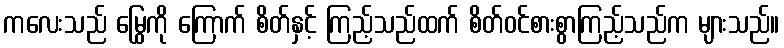
ကလေးသည် မြွေကို ကြောက် စိတ်နှင့် ကြည့်သည်ထက် စိတ်ဝင်စားစွာကြည့်သည်က များသည်။